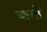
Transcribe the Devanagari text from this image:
कनों